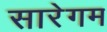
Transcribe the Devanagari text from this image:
सारेगम